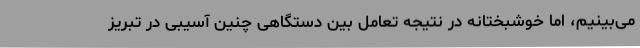
می‌بینیم، اما خوشبختانه در نتیجه تعامل بین دستگاهی چنین آسیبی در تبریز